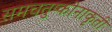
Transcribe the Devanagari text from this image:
समचतुष्कोनाकृती